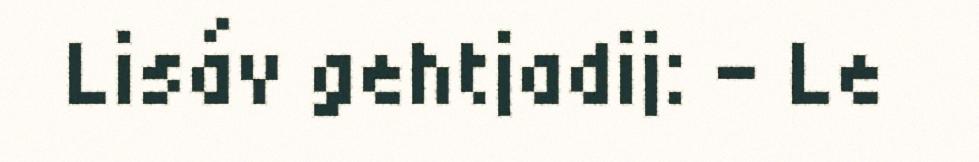
Lisáv gehtjadij: – Le